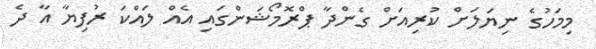
މިމަހުގެ ނިޔަލަށް ކުރިއަށް ގެންދާ ޕްރޮމޯޝަންގައި އެއް ލައްކަ ރުފިޔާ އާ ދެ